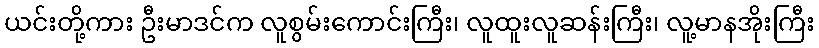
ယင်းတို့ကား ဦးမာဒင်က လူစွမ်းကောင်းကြီး၊ လူထူးလူဆန်းကြီး၊ လူ့မာနအိုးကြီး